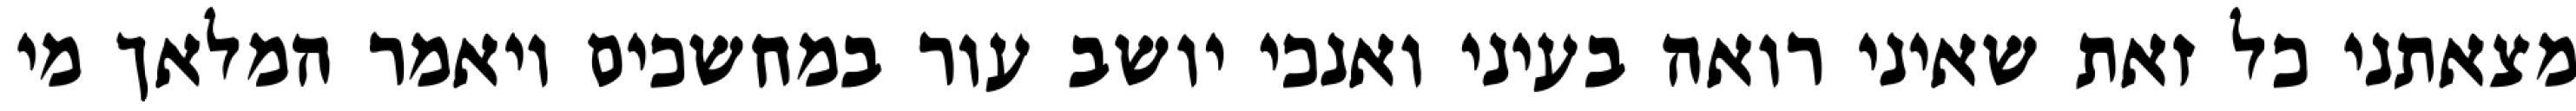
מצאתני כל זאת שאיני רואה בעיני ואנכי יושב עור במחשכים ויאמר המלאך מי